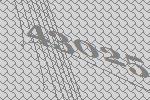
43025